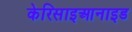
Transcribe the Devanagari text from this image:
केरिसाइआनाइड